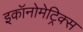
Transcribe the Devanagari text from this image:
इकॉनोमेट्रिक्स